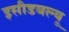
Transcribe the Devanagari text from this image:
इसीडबल्यू